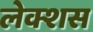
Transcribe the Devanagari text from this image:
लेक्शस